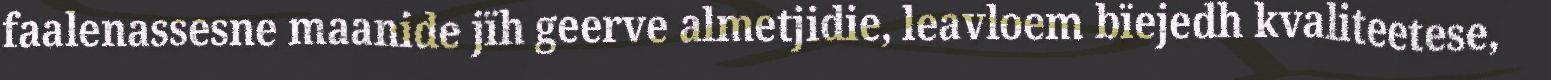
faalenassesne maanide jïh geerve almetjidie, leavloem bïejedh kvaliteetese,